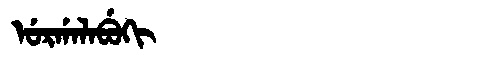
Manchu: ᡠᡵᡤᠠᠯᠠᠪᡠᡴᡳ
Romanization: URGALABUKI